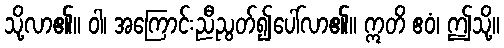
သို့လာ၏။ ဝါ၊ အကြောင်းညီညွတ်၍ပေါ်လာ၏။ ဣတိ ဧဝံ၊ ဤသို့။